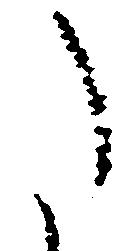
た